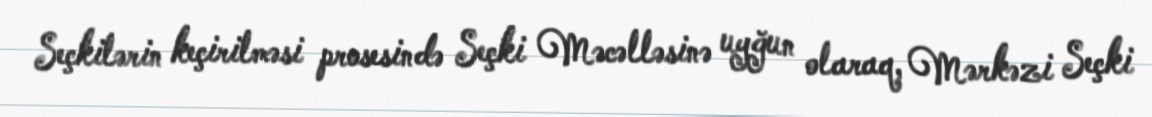
Seçkilərin keçirilməsi prosesində Seçki Məcəlləsinə uyğun olaraq, Mərkəzi Seçki